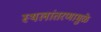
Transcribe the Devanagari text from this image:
स्थलांतरणामुळे